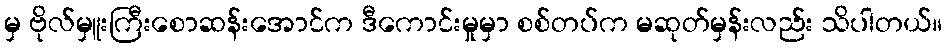
မှ ဗိုလ်မှူးကြီးစောဆန်းအောင်က ဒီကောင်းမှုမှာ စစ်တပ်က မဆုတ်မှန်းလည်း သိပါတယ်။